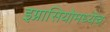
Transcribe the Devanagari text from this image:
इग्नासियोमध्येच